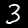
Label: 3